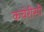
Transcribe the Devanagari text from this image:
कचेरीसी